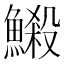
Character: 𩻈